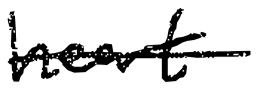
Text: heart
Cross-out: single-line
Writing tool: digital_black